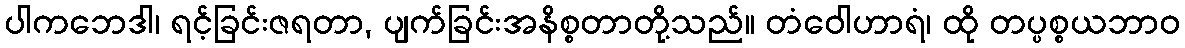
ပါကဘေဒါ၊ ရင့်ခြင်းဇရတာ, ပျက်ခြင်းအနိစ္စတာတို့သည်။ တံဝေါဟာရံ၊ ထို တပ္ပစ္စယဘာဝ